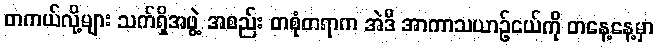
တကယ်လို့များ သက်ရှိအဖွဲ့ အစည်း တစုံတရာက အဲဒီ အာကာသယာဉ်ငယ်ကို တနေ့နေ့မှာ